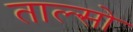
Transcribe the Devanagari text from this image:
ताल्सो